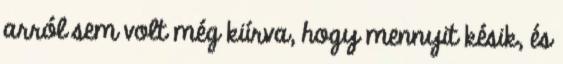
arról sem volt még kiírva, hogy mennyit késik, és